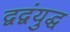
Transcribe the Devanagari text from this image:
द्वद्वंयुद्ध